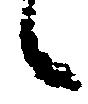
候